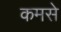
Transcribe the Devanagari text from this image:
कमसे